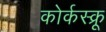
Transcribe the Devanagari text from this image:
कोर्कस्क्रू